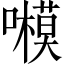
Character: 𡃗